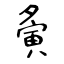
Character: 夤